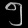
Digit: ၅